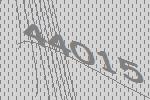
44015